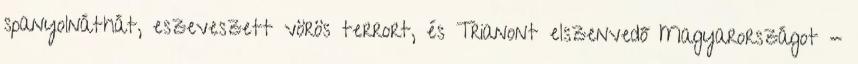
spanyolnáthát, eszeveszett vörös terrort, és Trianont elszenvedő Magyarországot -